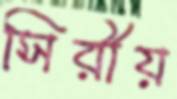
সিরীয়